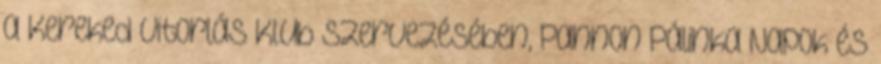
a Kereked Vitorlás Klub szervezésében, Pannon Pálinka Napok és